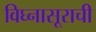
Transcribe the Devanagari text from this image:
विघ्‍नासूराची